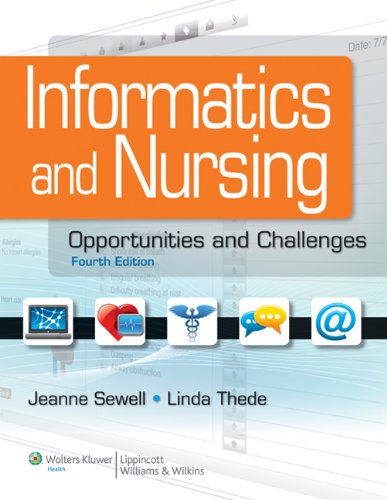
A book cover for Informatics and Nursing: Opportunities and Challenges; Jeanne Sewell; Medical Books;